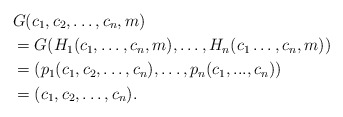
\begin{align*} &G(c_1,c_2,\dots,c_n,m)\\&=G(H_1(c_1,\dots,c_n,m),\dots,H_n(c_1\dots,c_n,m))\\&=(p_1(c_1,c_2,\dots, c_n),\dots,p_n(c_1,...,c_n))\\&=(c_1,c_2,\dots,c_n).\end{align*}